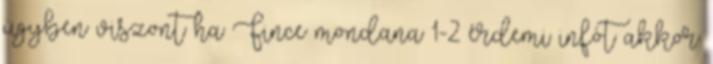
ügyben viszont ha Fince mondana 1-2 érdemi infót akkor